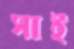
সাই